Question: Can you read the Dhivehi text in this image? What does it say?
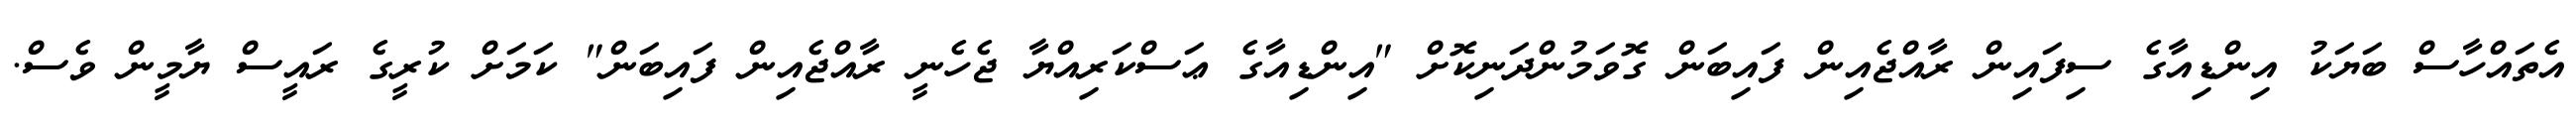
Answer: އެތައްހާސް ބަޔަކު އިންޑިއާގެ ސިފައިން ރާއްޖެއިން ފައިބަން ގޮވަމުންދަނިކޮށް "އިންޑިއާގެ ޢަސްކަރިއްޔާ ޖެހެނީ ރާއްޖެއިން ފައިބަން" ކަމަށް ކުރީގެ ރައީސް ޔާމީން ވެސް.